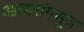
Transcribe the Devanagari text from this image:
आचारांगसूत्र